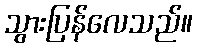
သွားပြန်လေသည်။